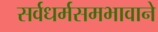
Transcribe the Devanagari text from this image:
सर्वधर्मसमभावाने